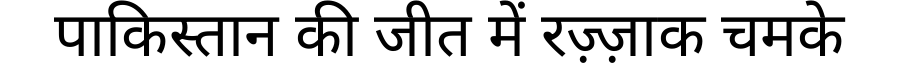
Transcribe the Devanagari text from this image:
पाकिस्तान की जीत में रज़्ज़ाक चमके